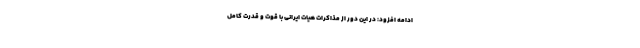
ادامه افزود: در این دور از مذاکرات هیات ایرانی با قوت و قدرت کامل